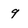
Character: 9